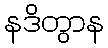
နဒိတွာန